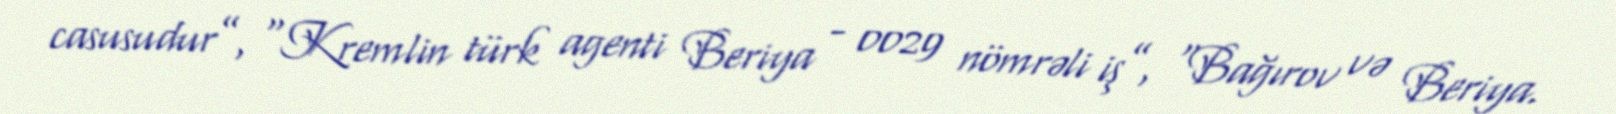
casusudur”, “Kremlin türk agenti Beriya - 0029 nömrəli iş”, “Bağırov və Beriya.